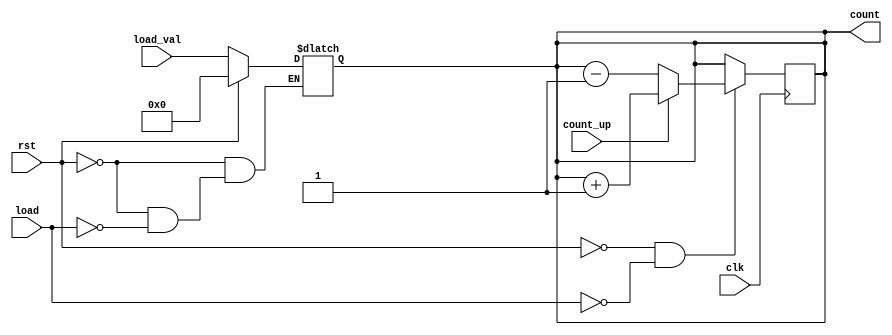
module async_load_counter (
    input wire clk,               // Clock signal
    input wire rst,               // Asynchronous reset
    input wire load,              // Asynchronous load signal
    input wire [3:0] load_val,    // Value to be loaded into the counter
    input wire count_up,          // Control signal for counting direction
    output reg [3:0] count        // Current value of the counter
);

    // Asynchronous reset and load
    always @(*) begin
        if (rst) begin
            count = 4'b0000;           // Reset the counter to zero
        end else if (load) begin
            count = load_val;          // Load the specified value
        end else begin
            count = count;             // Hold current count
        end
    end

    // Synchronous counting
    always @(posedge clk) begin
        if (!rst && !load) begin
            if (count_up) begin
                count <= count + 1;    // Increment
            end else begin
                count <= count - 1;    // Decrement
            end
        end
    end

endmodule